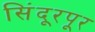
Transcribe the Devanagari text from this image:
सिंदूरपूर